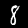
Label: 8